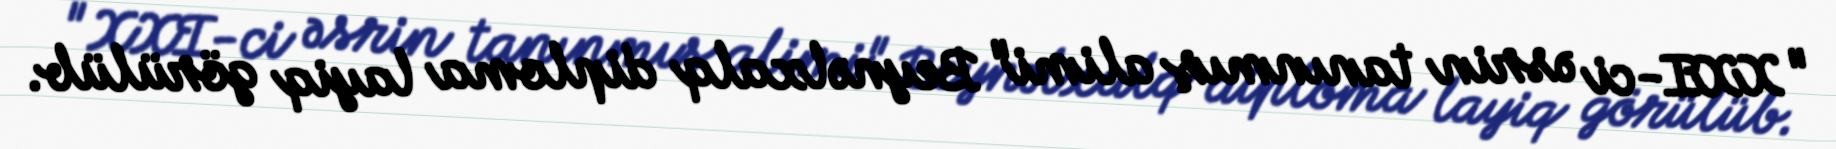
"XXI-ci əsrin tanınmış alimi" Beynəlxalq diploma layiq görülüb.